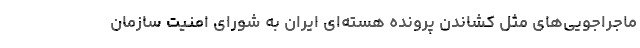
ماجراجویی‌های مثل کشاندن پرونده هسته‌ای ایران به شورای امنیت سازمان